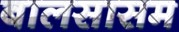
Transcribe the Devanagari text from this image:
बालसासम